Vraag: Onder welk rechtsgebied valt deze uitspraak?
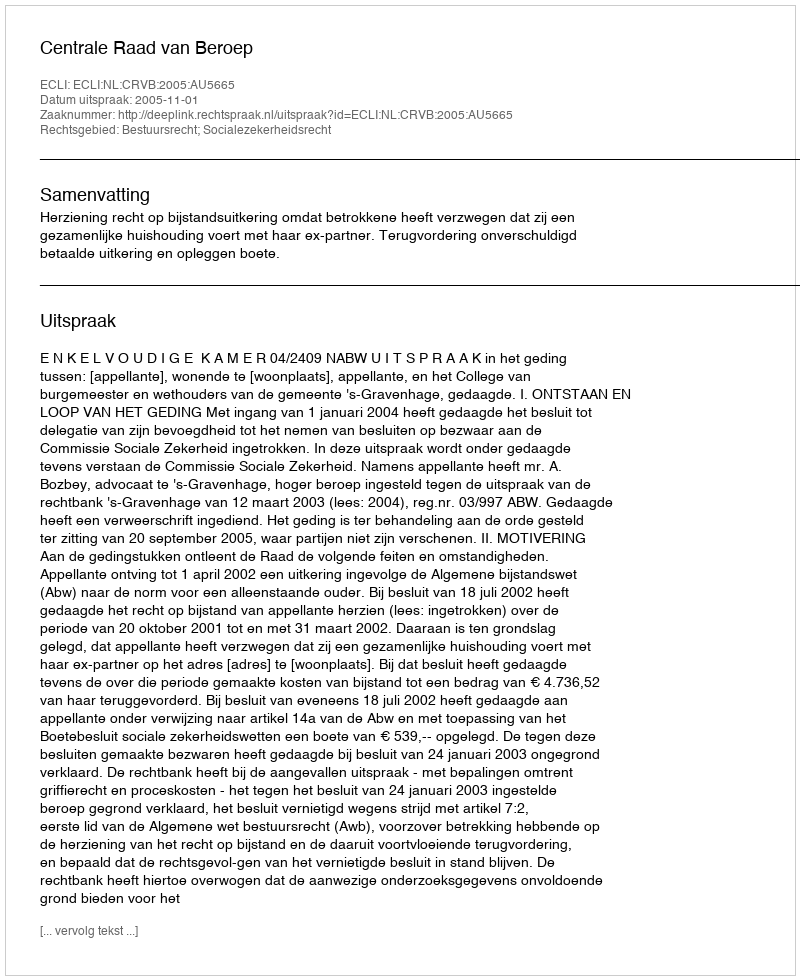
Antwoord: Bestuursrecht; Socialezekerheidsrecht